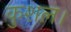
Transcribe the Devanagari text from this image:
कुशल।